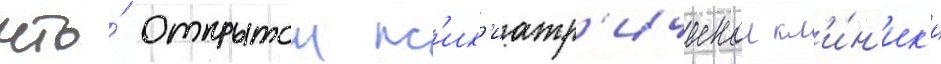
что́ открытои пс'их'иатр'ическои кл'и́н'ик'и